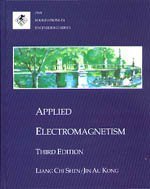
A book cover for Applied Electromagnetism (Pws Engineering Foundation); Liang C. Shen; Science & Math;